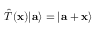
{ \hat { T } } ( \mathbf { x } ) | \mathbf { a } \rangle = | \mathbf { a } + \mathbf { x } \rangle